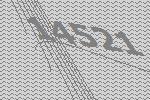
14521